Document type: Clause in a will
Year: 1320
Scribe: Francesc de Torre
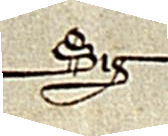
Sig